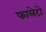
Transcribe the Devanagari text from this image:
फालेटो